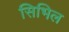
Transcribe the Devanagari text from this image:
सिभिल